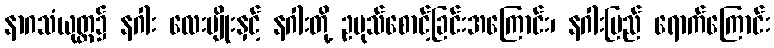
နာဂသံယုတ္တ၌ နဂါး လေးမျိုးနှင့် နဂါးတို့ ဥပုသ်စောင့်ခြင်းအကြောင်း၊ နဂါးပြည် ရောက်ကြောင်း